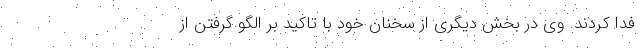
فدا کردند. وی در بخش دیگری از سخنان خود با تاکید بر الگو گرفتن از